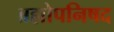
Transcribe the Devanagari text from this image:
ब्रह्मोपनिषद